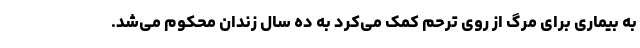
به بیماری برای مرگ از روی ترحم کمک می‌کرد به ده سال زندان محکوم می‌شد.